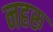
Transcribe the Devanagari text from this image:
नहरू